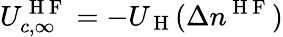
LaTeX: U_{c,\infty}^{\mathrm{~H~F~}}=-U_{\mathrm{~H~}}(\Delta n^{\mathrm{~H~F~}})